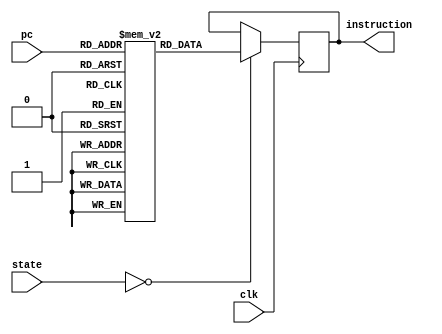
module instructionmemory(clk, state, pc, instruction);

    input [1:0] state;
    input clk;
    input [9:0] pc; // change later
    
    output reg [31:0] instruction;

    reg [31:0] memfile [0:1023]; // increase memory size later

    initial
        begin // write instructions here
            //  addi x10, x0,  1     
            memfile[0] <= 32'b0000_0000_0001___00000___000___01010___001_0011;          //  x10     =   1
            //  addi x11, x10, 1
            memfile[1] <= 32'b0000_0000_0001___01010___000___01011___001_0011;          //  x11     =   2
            //  addi x12, x10, 2
            memfile[2] <= 32'b0000_0000_0010___01010___000___01100___001_0011;          //  x12     =   3     
            //  nop
            memfile[3] <= 32'b0000_0000_0000___00000___000___00000___000_0000;          //  nop 
            //  sw   x10, 9(x0)
            memfile[4]  <= 32'b0000000___01010___00000___010___01001___010_0011;        //  mem[9]  =   1
            //  nop
            memfile[5] <= 32'b0000_0000_0000___00000___000___00000___000_0000;          //  nop   
            //  addi x13, x10, 3 
            memfile[6] <= 32'b0000_0000_0011___01010___000___01101___001_0011;          //  x13     =   4
            //  add  x14, x11, x13                                                                                               
            memfile[7] <= 32'b0000000___01011___01101___000___01110___011_0011;         //  x14     =   6   (x14 = x11 + x13)
            //  addi x15, x14, 0
            memfile[8] <= 32'b0000_0000_0000___01110___000___01111___001_0011;          //  x15     =   6   (x15 = x14 + 0)
            //  sub x16, x15, x11
            memfile[9] <= 32'b0100000___01011___01111___000___10000___011_0011;          // x16     =   4   (x16 = x15 - x11) 
            //  addi x17, x16, 0
            memfile[10] <= 32'b0000_0000_0000___10000___000___10001___001_0011;          //  x17     =   4   (x17 = x16 + 0)
            //  sw   x11, 4(x0)         
            memfile[11]  <= 32'b0000000___01011___00000___010___00100___010_0011;         //  mem[4]  =   2
            //  nop
            memfile[12] <= 32'b0000_0000_0000___00000___000___00000___000_0000;         //  nop
            //  sw   x12, 5(x0)         
            memfile[13] <= 32'b0000000___01100___00000___010___00101___010_0011;         // mem[5]  =   3
            //  nop
            memfile[14] <= 32'b0000_0000_0000___00000___000___00000___000_0000;         //  nop
            //  lw   x18, 5(x0)         
            memfile[15] <= 32'b0000_0000_0101___00000___010___10010___000_0011;         //  x18     =   mem[5]  =   3
            //  nop
            memfile[16] <= 32'b0000_0000_0000___00000___000___00000___000_0000;         //  nop
            //  addi x19, x18, 0
            memfile[17] <= 32'b0000_0000_0000___10010___000___10011___001_0011;          //  x19     =   3   (x19 = x18 + 0)
            //  and  x20, x10, x18                                                                                               
            memfile[18] <= 32'b0000000___01010___10010___111___10100___011_0011;         //  x20     =   1   (x20 = x10 & x18)
            //  x10 = 0000_0000_0000_0000_0000_0000_0000_0001
            //  x18 = 0000_0000_0000_0000_0000_0000_0000_0011
            //  x20 = 0000_0000_0000_0000_0000_0000_0000_0001
            //  addi x23, x20, 0
            memfile[19] <= 32'b0000_0000_0000___10100___000___10111___001_0011;          //  x23     =   1   (x23 = x20 + 0)
            //  or  x21, x11, x16                                                                                               
            memfile[20] <= 32'b0000000___01011___10000___110___10101___011_0011;         //  x21     =   6   (x21 = x11 | x16)
            //  x11 = 0000_0000_0000_0000_0000_0000_0000_0010
            //  x16 = 0000_0000_0000_0000_0000_0000_0000_0100
            //  x21 = 0000_0000_0000_0000_0000_0000_0000_0110
            //  addi x24, x21, 0
            memfile[21] <= 32'b0000_0000_0000___10101___000___11000___001_0011;          //  x24     =   6   (x24 = x21 + 0)
            // xor  x22, x14, x17                                                                                               
            memfile[22] <= 32'b0000000___01110___10001___100___10110___011_0011;         //  x22     =   2   (x22 = x14 xor x17)
            //  x14 = 0000_0000_0000_0000_0000_0000_0000_0110
            //  x17 = 0000_0000_0000_0000_0000_0000_0000_0100
            //  x22 = 0000_0000_0000_0000_0000_0000_0000_0010
            //  addi x25, x22, 0
            memfile[23] <= 32'b0000_0000_0000___10110___000___11001___001_0011;          //  x25     =   2   (x25 = x22 + 0)
            //  nop
            memfile[24] <= 32'b0000_0000_0000___00000___000___00000___000_0000;         //  nop
            //  lw   x26, 4(x0)         
            memfile[25] <= 32'b0000_0000_0100___00000___010___11010___000_0011;         //  x26     =   mem[4]  = 2
            //  addi x27, x26, 0
            memfile[26] <= 32'b0000_0000_0000___11010___000___11011___001_0011;          //  x27     =   2   (x27 = x26 + 0)
            //  nop
            memfile[27] <= 32'b0000_0000_0000___00000___000___00000___000_0000;         //  nop
            //  lw   x30, 9(x0)         
            memfile[28] <= 32'b0000_0000_1001___00000___010___11110___000_0011;         //  x30     =   mem[9]  =   1
            //  nop
            memfile[29] <= 32'b0000_0000_0000___00000___000___00000___000_0000;         //  nop
            //  addi x31, x30, 0
            memfile[30] <= 32'b0000_0000_0000___11110___000___11111___001_0011;         //  x31     =   1
        end

    always @(posedge clk)
        if (state == 0)
            begin
                instruction <= memfile[pc];
            end

endmodule